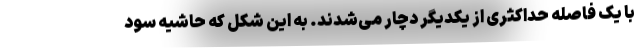
با یک فاصله حداکثری از یکدیگر دچار می‌شدند. به این شکل که حاشیه سود